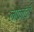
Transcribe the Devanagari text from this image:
लोकांचीं